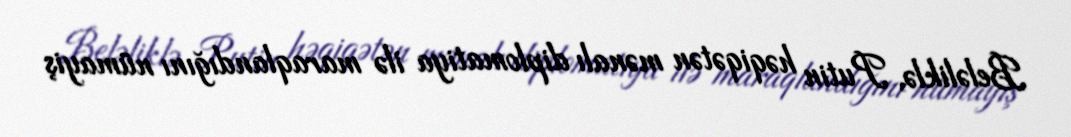
Beləliklə, Putin həqiqətən mənalı diplomatiya ilə maraqlandığını nümayiş